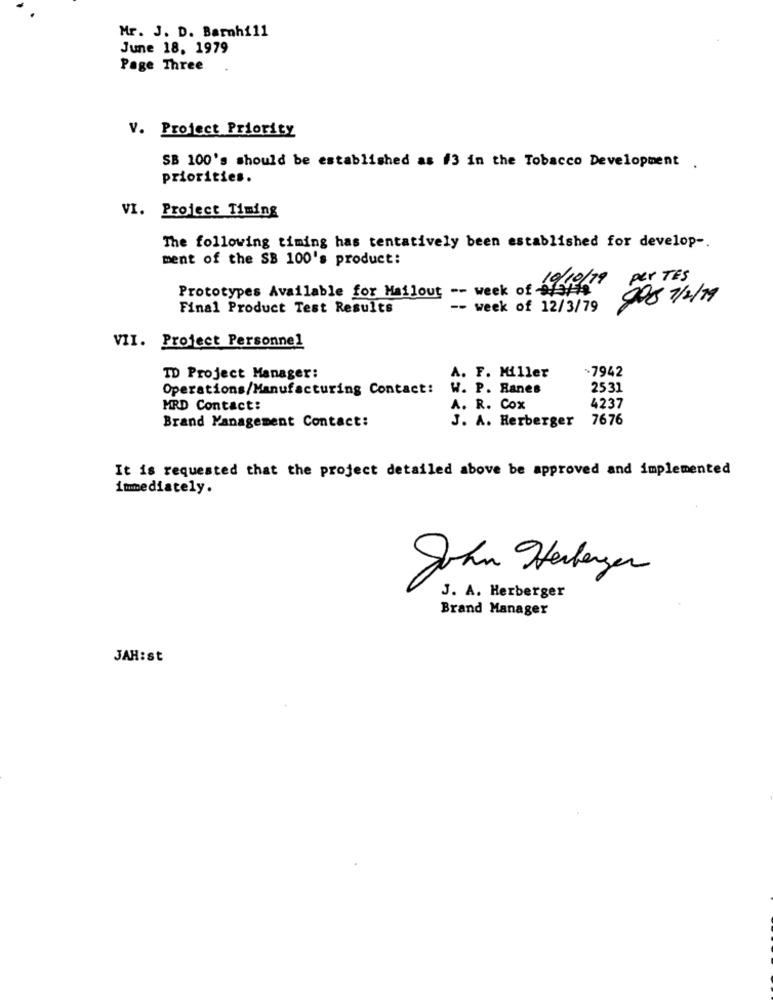
Mr. J. D. Barnhill
June 18, 1979
Page Three
V. Project Priority
SB 100's should be established as #3 in the Tobacco Development .
priorities.
VI. Project Timing
The following timing has tentatively been established for develop -.
ment of the SB 100's product:
per TES
Prototypes Available for Mailout -- week of 9/3/14
Final Product Test Results
-- week of 12/3/79
205 1/2/19
VII. Project Personnel
A. F. Miller
.7942
TD Project Manager:
Operations/Manufacturing Contact:
W. P. Ranes
2531
4237
MRD Contact:
A. R. Cox
Brand Management Contact:
J. A. Herberger
7676
It is requested that the project detailed above be approved and implemented
immediately.
John Herbergen
J. A. Herberger
Brand Manager
JAH:st